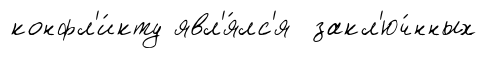
конфл'и́кту явл'я́лс'я закл'юч́нных